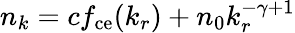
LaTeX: n_{k}=cf_{\mathrm{ce}}(k_{r})+n_{0}k_{r}^{-\gamma+1}